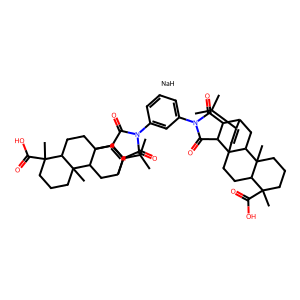
SMILES: CC(C)C1=CC23CCC4C(C)(C(=O)O)CCCC4(C)C2CC1C1C(=O)N(c2cccc(N4C(=O)C5C6CC7C8(C)CCCC(C)(C(=O)O)C8CCC7(C=C6C(C)C)C5C4=O)c2)C(=O)C13.[NaH]
Inhibits HIV replication: No